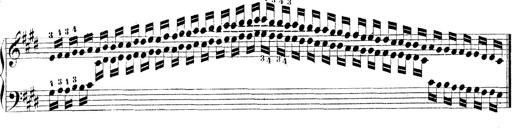
Title: Technische Studien
Composer: Franz Liszt